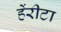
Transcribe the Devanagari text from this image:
हेंरीटा